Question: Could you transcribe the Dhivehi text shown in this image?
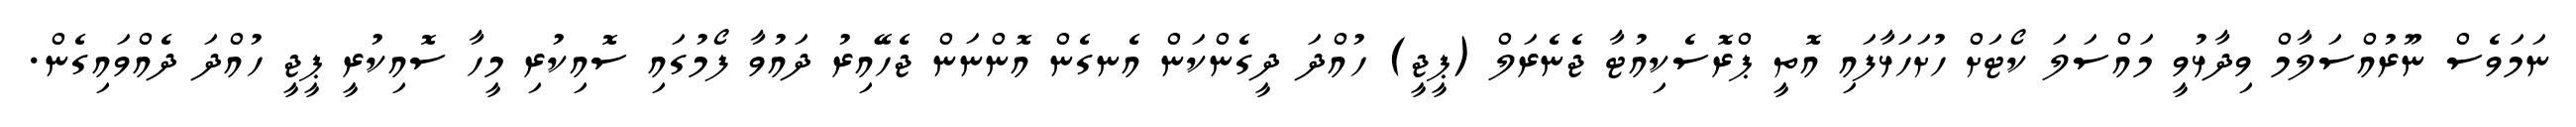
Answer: ނަމަވެސް ނޫރުއްސަލާމް ވިދާޅުވީ މައްސަލަ ކޯޓަށް ހުށަހަޅާފައި އޮތީ ޕްރޮސެކިއުޓާ ޖެނެރަލް (ޕީޖީ) ހުއްދަ ދީގެންކަން އެނގެން އޮންނަން ޖެހޭއިރު ދައުވާ ފޯމުގައި ސޮއިކުރި މީހާ ސޮއިކުރީ ޕީޖީ ހުއްދަ ދެއްވައިގެން.